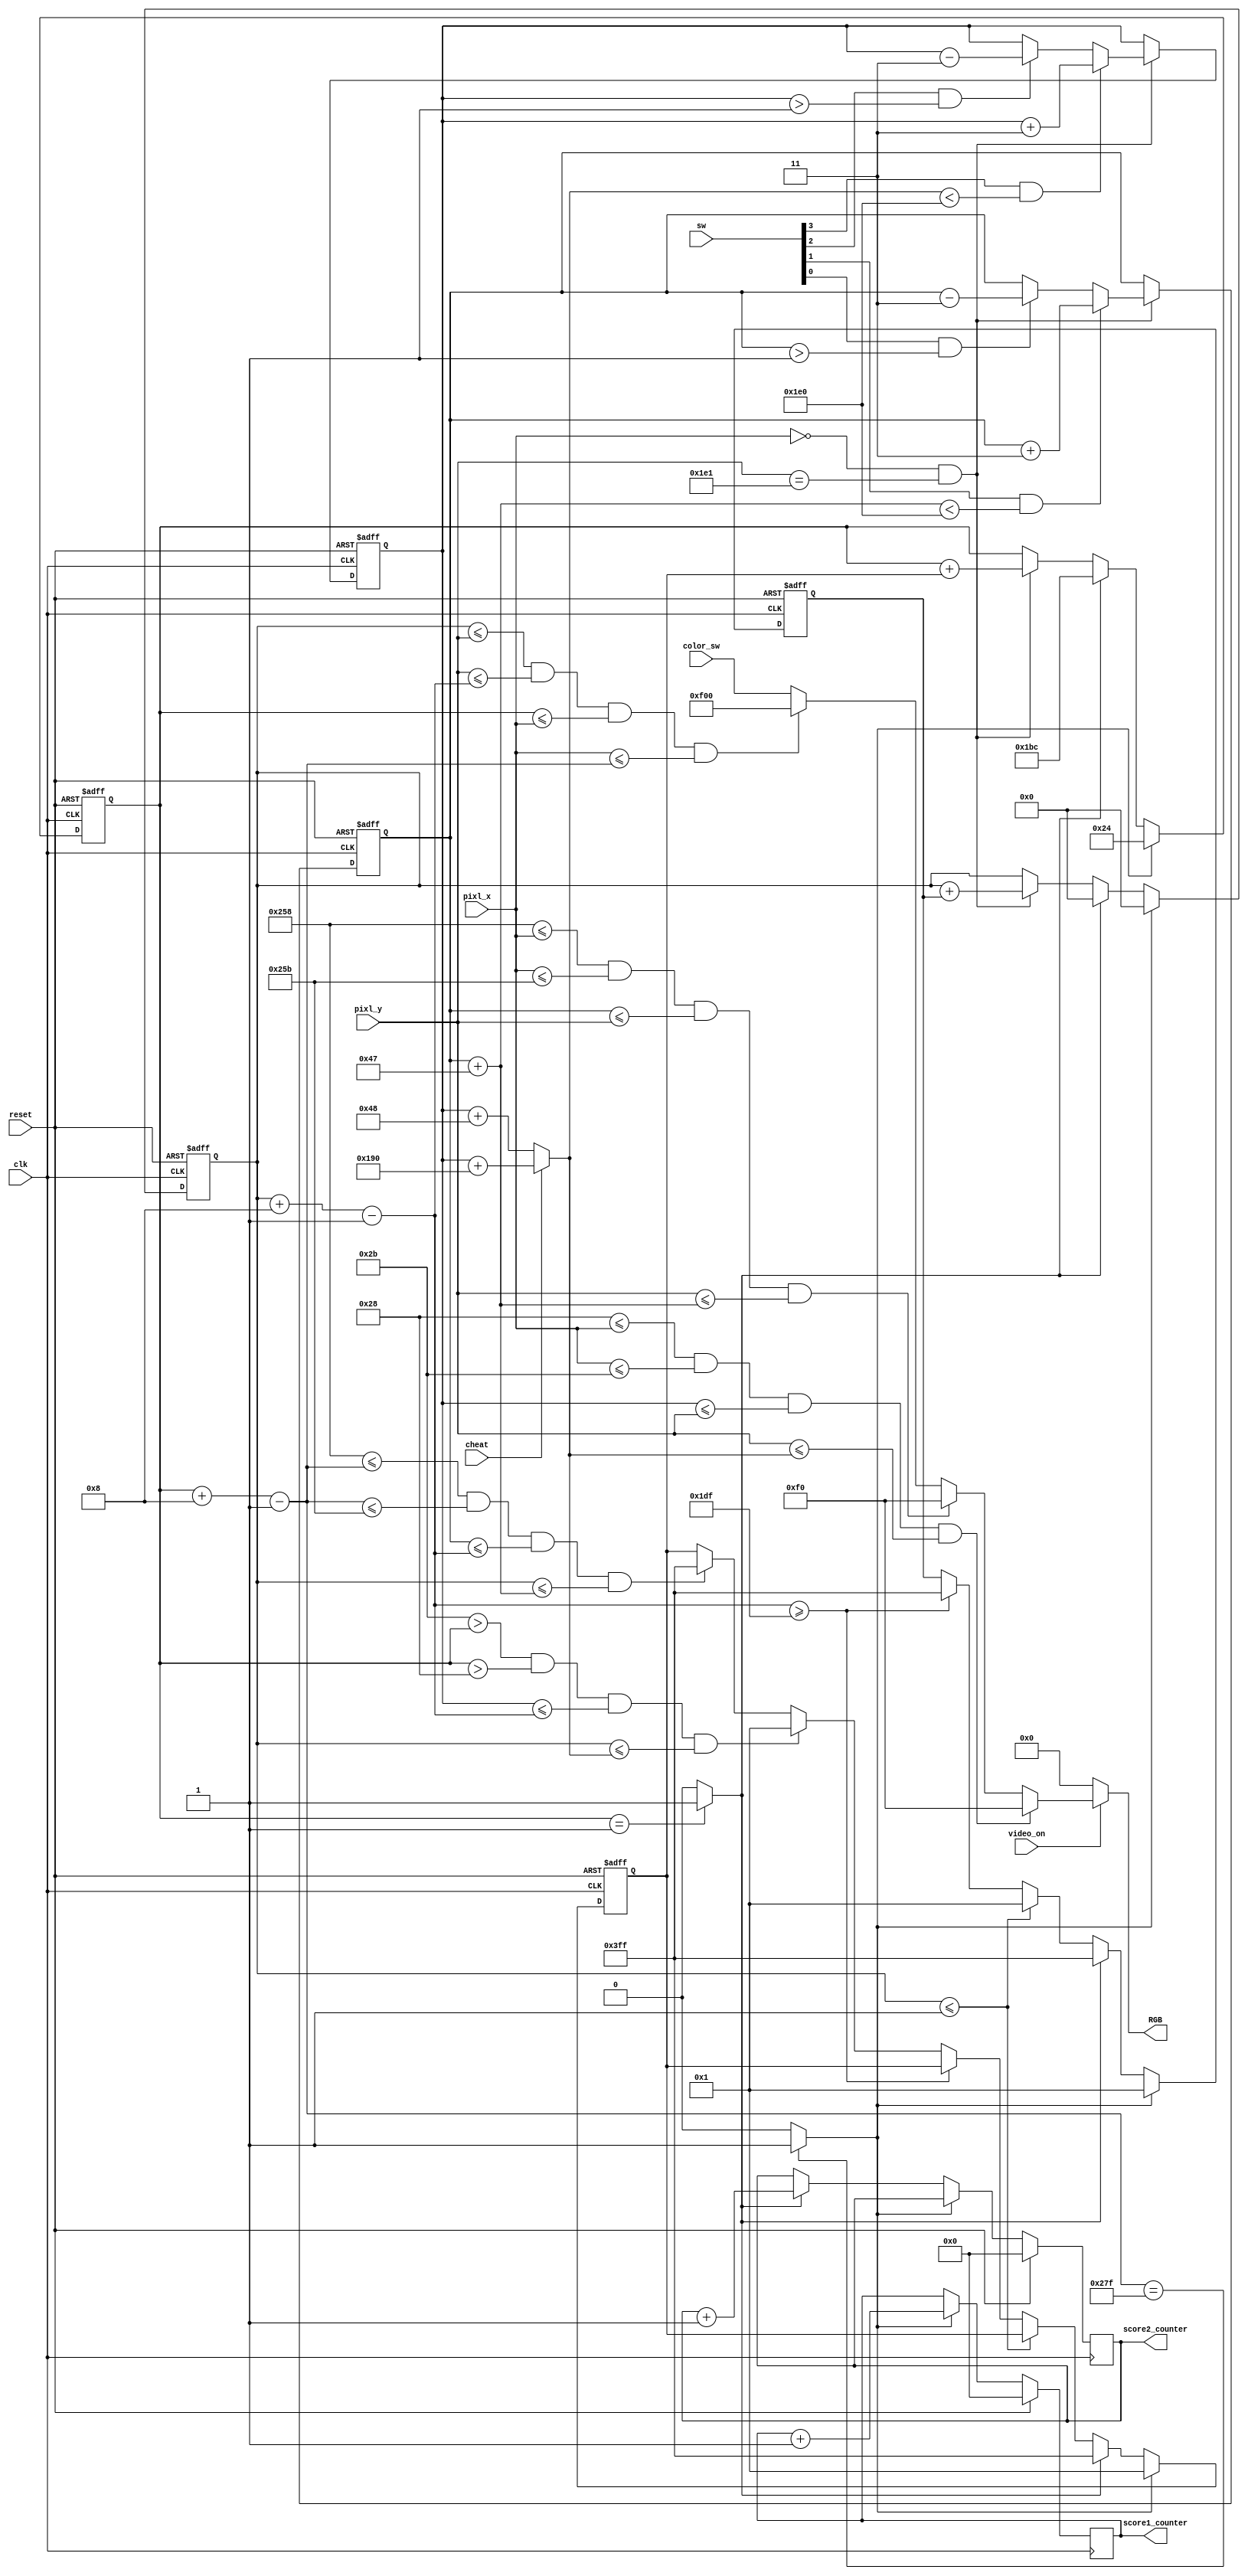
`timescale 1ns / 1ps
//////////////////////////////////////////////////////////////////////////////////
// Company: 
// Engineer: 
// 
// Design Name: 
// Module Name:    pong_animated 
// Project Name: 
// Target Devices: 
// Tool versions: 
// Description: 
//
// Dependencies: 
//
// Revision: 
// Revision 0.01 - File Created
// Additional Comments: 
//
//////////////////////////////////////////////////////////////////////////////////
module pong_animated(clk, reset, sw, video_on, pixl_x, pixl_y, RGB,
							color_sw,  score1_counter, score2_counter,
							cheat);

	input  clk, reset, video_on, cheat;
	input [3:0] sw; 
	input [11:0] color_sw; 
	input [9:0] pixl_x, pixl_y;
	
	output [3:0] score1_counter, score2_counter;
	reg    [3:0] score1_counter, score2_counter;	
	
	output[11:0] RGB; 
	reg   [11:0] RGB;
	
	parameter velocityP = 3;
	
	wire restart, restart2; 
	// 60 Hz 
	// one tick every time screenm finishes
	wire tick_60Hz; 
	
	assign tick_60Hz = (pixl_x == 0 ) && (pixl_y == 481);
	
//***********************************************************
	parameter top_boundary    = 1,
				 bottom_boundary = 480, 
				 right_boundary  = 640;
//**********PADDLE UPDATES AND TURN ON HUEHUE*****************
// 
	parameter 	leftpaddle = 600,
					rightpaddle = 603,
					big_pad = 400;
					
	
	wire pad_on; 
	wire [11:0] pad_rgb;
	
	//register for the top of the paddle
	reg [9:0] paddle_top_reg, n_paddle_top_reg;
	wire [9:0] top_pad, bot_pad; 
	
	assign top_pad = paddle_top_reg; 
	assign bot_pad = top_pad + 71;

	//turning on the paddle
	assign pad_on = (leftpaddle <= pixl_x) && (pixl_x <= rightpaddle) &&
						 (top_pad <= pixl_y) && (pixl_y <= bot_pad);
	assign pad_rgb = 12'h0F0; //GREEN
	
	// upadating the y-axis of the paddle
	always @ (*)
	begin
		n_paddle_top_reg = paddle_top_reg;// paddles doesnt move
		
		if(tick_60Hz)
			if (sw[1] & (bot_pad < 480))  // down 
				n_paddle_top_reg = paddle_top_reg + velocityP;
			else if (sw[0] & (top_pad > 1 ))//velocityP))			// up
				n_paddle_top_reg = paddle_top_reg - velocityP;
	end
	//****************PLAYER 2 PADDLE CODE **********************
	parameter left_paddle_2 = 40,		
				 right_paddle_2 = 43; 
				 
	wire pad_on_2; 
	wire [11:0] pad_rgb_2; 
	// registers for the top of the 2nd paddle
	reg [9:0] paddle_top_reg_2, n_paddle_top_reg_2; 
	wire [9:0] top_pad_2, bot_pad_2; 
	
	assign top_pad_2 = paddle_top_reg_2; 
	assign bot_pad_2 = (cheat)? (top_pad_2 + big_pad) :
										 (top_pad_2 + 72 ); 
	
	//turning on the paddle 
	assign pad_on_2 = (left_paddle_2 <= pixl_x) && (pixl_x<= right_paddle_2) &&
							 (top_pad_2 <= pixl_y) && (pixl_y <= bot_pad_2); 
	assign pad_rgb_2 = 12'h0F0; 
	
		// upadating the y-axis of the paddle
	always @ (*)
	begin
		n_paddle_top_reg_2 = paddle_top_reg_2;// paddles doesnt move
		
		if(tick_60Hz)
			if (sw[3]  & (bot_pad_2 < 480))     // down 
				n_paddle_top_reg_2 = paddle_top_reg_2 + velocityP;
				
			else if (sw[2] & (top_pad_2 > 1 )) // up
				n_paddle_top_reg_2 = paddle_top_reg_2 - velocityP;
	end
	
//**************************************************************
//************BALL UPDATES AND TURNS ON BALL *******************
//**************************************************************
	//paramerter for the ball
	parameter 	ball_size =  8,
					pos_speed =  1,
					neg_speed = -1; 
	
	wire 			ball_on;
	wire [11:0] ball_rgb; 
	
	// registers for the boundries
	wire [9:0] top_ball, bot_ball;
	wire [9:0] left_ball, right_ball;
	
	// registers to track
	reg  [9:0]  ball_x_reg, ball_y_reg;
	wire [9:0]  n_ball_x_reg, n_ball_y_reg;
	// registers for speed change
	reg [9:0] delta_x,  delta_y; 
	reg [9:0] n_delta_x, n_delta_y; 
	
	// SET THE BOUNDRIES
	assign top_ball = ball_y_reg; 
	assign bot_ball = top_ball + ball_size -1;
	assign left_ball = ball_x_reg;
	assign right_ball = left_ball + ball_size - 1; 
	
	// turn the ball on 
	assign ball_on = (top_ball <= pixl_y)  && (pixl_y <= bot_ball) &&
						  (left_ball <= pixl_x) && (pixl_x <= right_ball); 
	assign ball_rgb = 12'hF00; // BLUE	
	
	// assign the new positions to the registers
	assign n_ball_x_reg = (tick_60Hz) ? (ball_x_reg + delta_x) : ball_x_reg; 
	assign n_ball_y_reg = (tick_60Hz) ? (ball_y_reg + delta_y) : ball_y_reg; 
	
	// changing the velocity
	always @ (*)  
		begin
			n_delta_x = delta_x; // no chance
			n_delta_y = delta_y; 
			
			if (top_ball <= 1 ) //when the ball hits the top
				n_delta_y = pos_speed; // positive y
				
			else if (bot_ball >= 479) // when the ball hits the bottom
				n_delta_y = neg_speed; //negative y
				
		// ball hitting the left paddle
			else if ((right_paddle_2 > left_ball) && (left_ball> left_paddle_2) &&
						(top_pad_2 <= bot_ball) && (top_ball <= bot_pad_2))
				n_delta_x = pos_speed;
			
			// ball hitting the right paddle
			else if ((600 <= right_ball)  && (right_ball <= 603) &&
						(top_pad <= bot_ball) && (top_ball <= bot_pad))
				n_delta_x = neg_speed; 	
			
			end
	
	//***************************************************
	// everytime the ball hits the rightside of the ball
	assign restart  = (right_ball==639) ? 1'b1 : 1'b0;
	assign restart2 = (left_ball == 1 ) ? 1'b1 : 1'b0; 
 	always @(posedge clk)
		if (reset) 
			begin
					score1_counter <= 0; 
					score2_counter <= 0;
			end
		else if (restart) 
			score1_counter <= score1_counter + 1'b1; 
		else if (restart2)
			score2_counter <= score2_counter + 1'b1; 

//**************************************************************************
	
// FLIPITPY FLOP FLOP
	always @ ( posedge clk, posedge reset)
		if(reset)
			begin
				paddle_top_reg <= 220;
				paddle_top_reg_2 <= 220; 
				ball_x_reg 		<= 36;
				ball_y_reg 		<= 0;
				delta_x 			<= 1;
				delta_y 			<= 1;			
			end 	
	else if (restart)
		 begin
				paddle_top_reg <= n_paddle_top_reg;
				paddle_top_reg_2 <= n_paddle_top_reg_2;				
				ball_x_reg 		<= 36;
				ball_y_reg 		<= 0;
				delta_x 			<= 1;
				delta_y 			<= 1;			
			end
			
	else if (restart2)
		 begin
				paddle_top_reg <= n_paddle_top_reg;
				paddle_top_reg_2 <= n_paddle_top_reg_2;				
				ball_x_reg 		<= 444;
				ball_y_reg 		<= 0;
				delta_x 			<= -1;
				delta_y 			<= -1;			
			end
		else 
			begin
				paddle_top_reg <= n_paddle_top_reg;
				paddle_top_reg_2 <= n_paddle_top_reg_2;
				ball_x_reg 		<= n_ball_x_reg;
				ball_y_reg 		<= n_ball_y_reg;
				delta_x 		   <= n_delta_x;
				delta_y    		<= n_delta_y; 
			end 
			
/****************************************************************************/
//**********************MULTIPLEXER CIRCUIT***********************************/
//****************************************************************************/
	always @(*)
	if (~video_on)
		RGB = 12'h000; //blank wall
	else 
		if (pad_on_2)
			RGB = pad_rgb_2; 
		else if (pad_on)
			RGB = pad_rgb;
		else if (ball_on)
			RGB = ball_rgb; 
		else 
			RGB = color_sw; 
	
endmodule